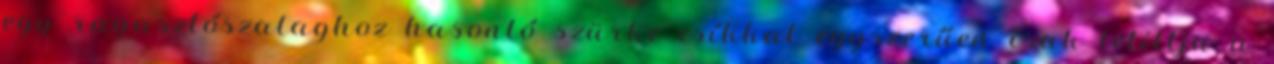
egy ragasztószalaghoz hasonló szürke csíkkal egyszerűen csak letiltja a